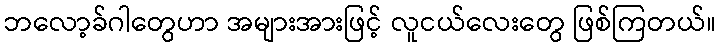
ဘလော့ခ်ဂါတွေဟာ အများအားဖြင့် လူငယ်လေးတွေ ဖြစ်ကြတယ်။